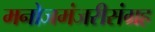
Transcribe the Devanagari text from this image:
मनोजमंजरीसंग्रह